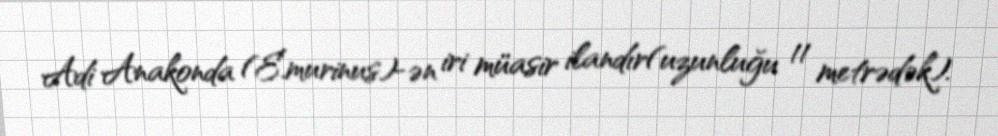
Adi Anakonda (E.murinus)-ən iri müasir ilandır(uzunluğu 11 metrədək).